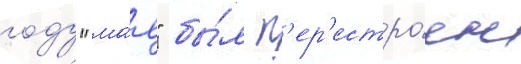
году "ма́я" бы́л п'ер'естро́ен